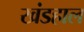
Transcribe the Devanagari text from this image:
खंडहाल